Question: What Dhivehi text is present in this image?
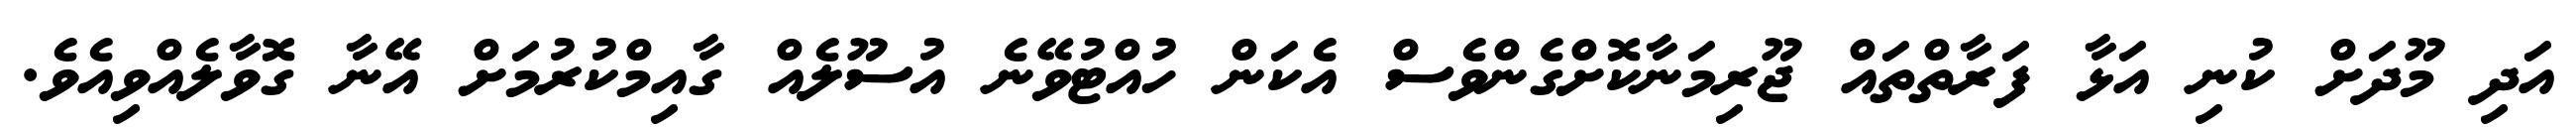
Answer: އަދި މޫދަށް ކުނި އަޅާ ފަރާތްތައް ޖޫރިމަނާކޮށްގެންވެސް އެކަން ހުއްޓުވޭނެ އުސޫލެއް ގާއިމްކުރުމަށް އޭނާ ގޮވާލެއްވިއެވެ.